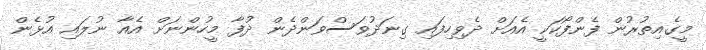
މީގެއިތުރުން ފެންފޯކަކީ އެއަށް ދެވިހިފައި ގިނަދުވަސްވަންދެން ދުފާ މީހުންނަށް އެއާ ނުލައި އުޅެން